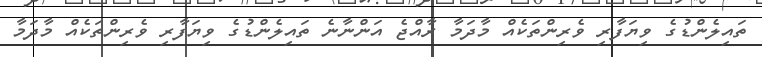
ތައިލެންޑުގެ ވިޔަފާރި ވެރިންތަކެއް މާދަމާ ރާއްޖެ އަންނާނެ ތައިލެންޑުގެ ވިޔަފާރި ވެރިންތަކެއް މާދަމާ